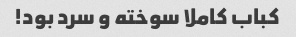
کباب کاملا سوخته و سرد بود!